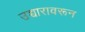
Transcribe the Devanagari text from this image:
उच्चारावरून